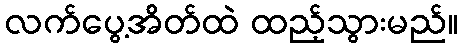
လက်ပွေ့အိတ်ထဲ ထည့်သွားမည်။